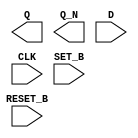
module sky130_fd_sc_hs__dfbbp (
    Q      ,
    Q_N    ,
    D      ,
    CLK    ,
    SET_B  ,
    RESET_B
);

    output Q      ;
    output Q_N    ;
    input  D      ;
    input  CLK    ;
    input  SET_B  ;
    input  RESET_B;

    // Voltage supply signals
    supply1 VPWR;
    supply0 VGND;

endmodule